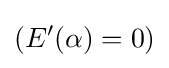
(E'(\alpha )=0)